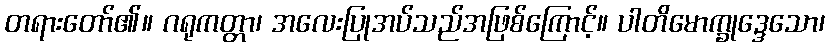
တရားတော်၏။ ဂရုကတ္တာ၊ အလေးပြုအပ်သည်အဖြစ်ကြောင့်။ ပါတိမောက္ခုဒ္ဒေသော၊